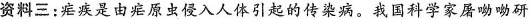
资料三：疟疾是由疟原虫侵入人体引起的传染病。我国科学家屠呦呦